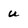
Character: u